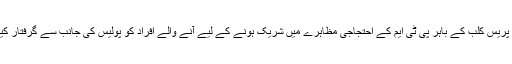
اسلام آباد پریس کلب کے باہر پی ٹی ایم کے احتجاجی مظاہرے میں شریک ہونے کے لیے آنے والے افراد کو پولیس کی جانب سے گرفتار کیا گیا ہے۔